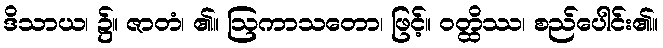
ဒိသာယ၊ ၌။ ဇာတံ၊ ၏။ ဩကာသတော၊ ဖြင့်။ ဝတ္ထိဿ၊ စည်ပေါင်း၏။